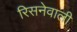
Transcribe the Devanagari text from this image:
रिसनेवाली